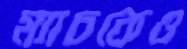
ম্যাচকেও